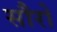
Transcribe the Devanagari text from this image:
सौरो